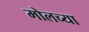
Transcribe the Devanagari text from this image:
मोलच्या